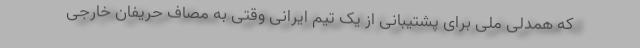
که همدلی ملی برای پشتیبانی از یک تیم ایرانی وقتی به مصاف حریفان خارجی